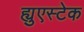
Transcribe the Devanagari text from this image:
ह्युएस्टेक